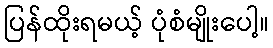
ပြန်ထိုးရမယ့် ပုံစံမျိုးပေါ့။